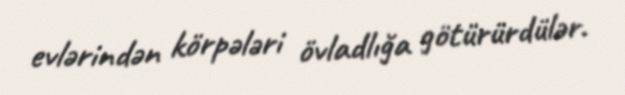
evlərindən körpələri övladlığa götürürdülər.